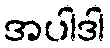
အပါဒါ